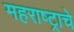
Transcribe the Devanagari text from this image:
महराष्ट्राचे